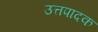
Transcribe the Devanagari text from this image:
उत्तपादक